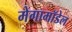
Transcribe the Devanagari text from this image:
मेगामॉडेल